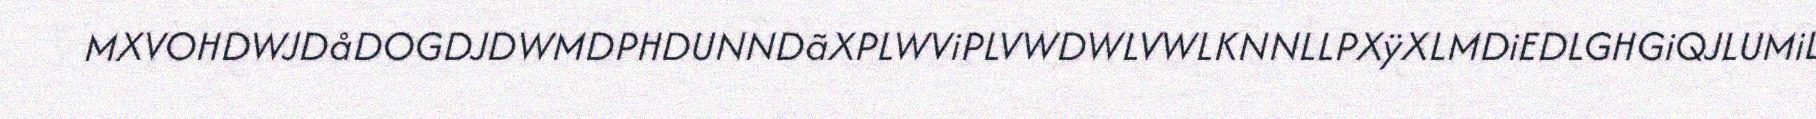
MXVOHDWJDåDOGDJDWMDPHDUNNDãXPLWViPLVWDWLVWLKNNLLPXÿXLMDiEDLGHGiQJLUMiL